65_HS1-834228961_62-HQ-83894_Section_10
Agency: FBI
Page 124
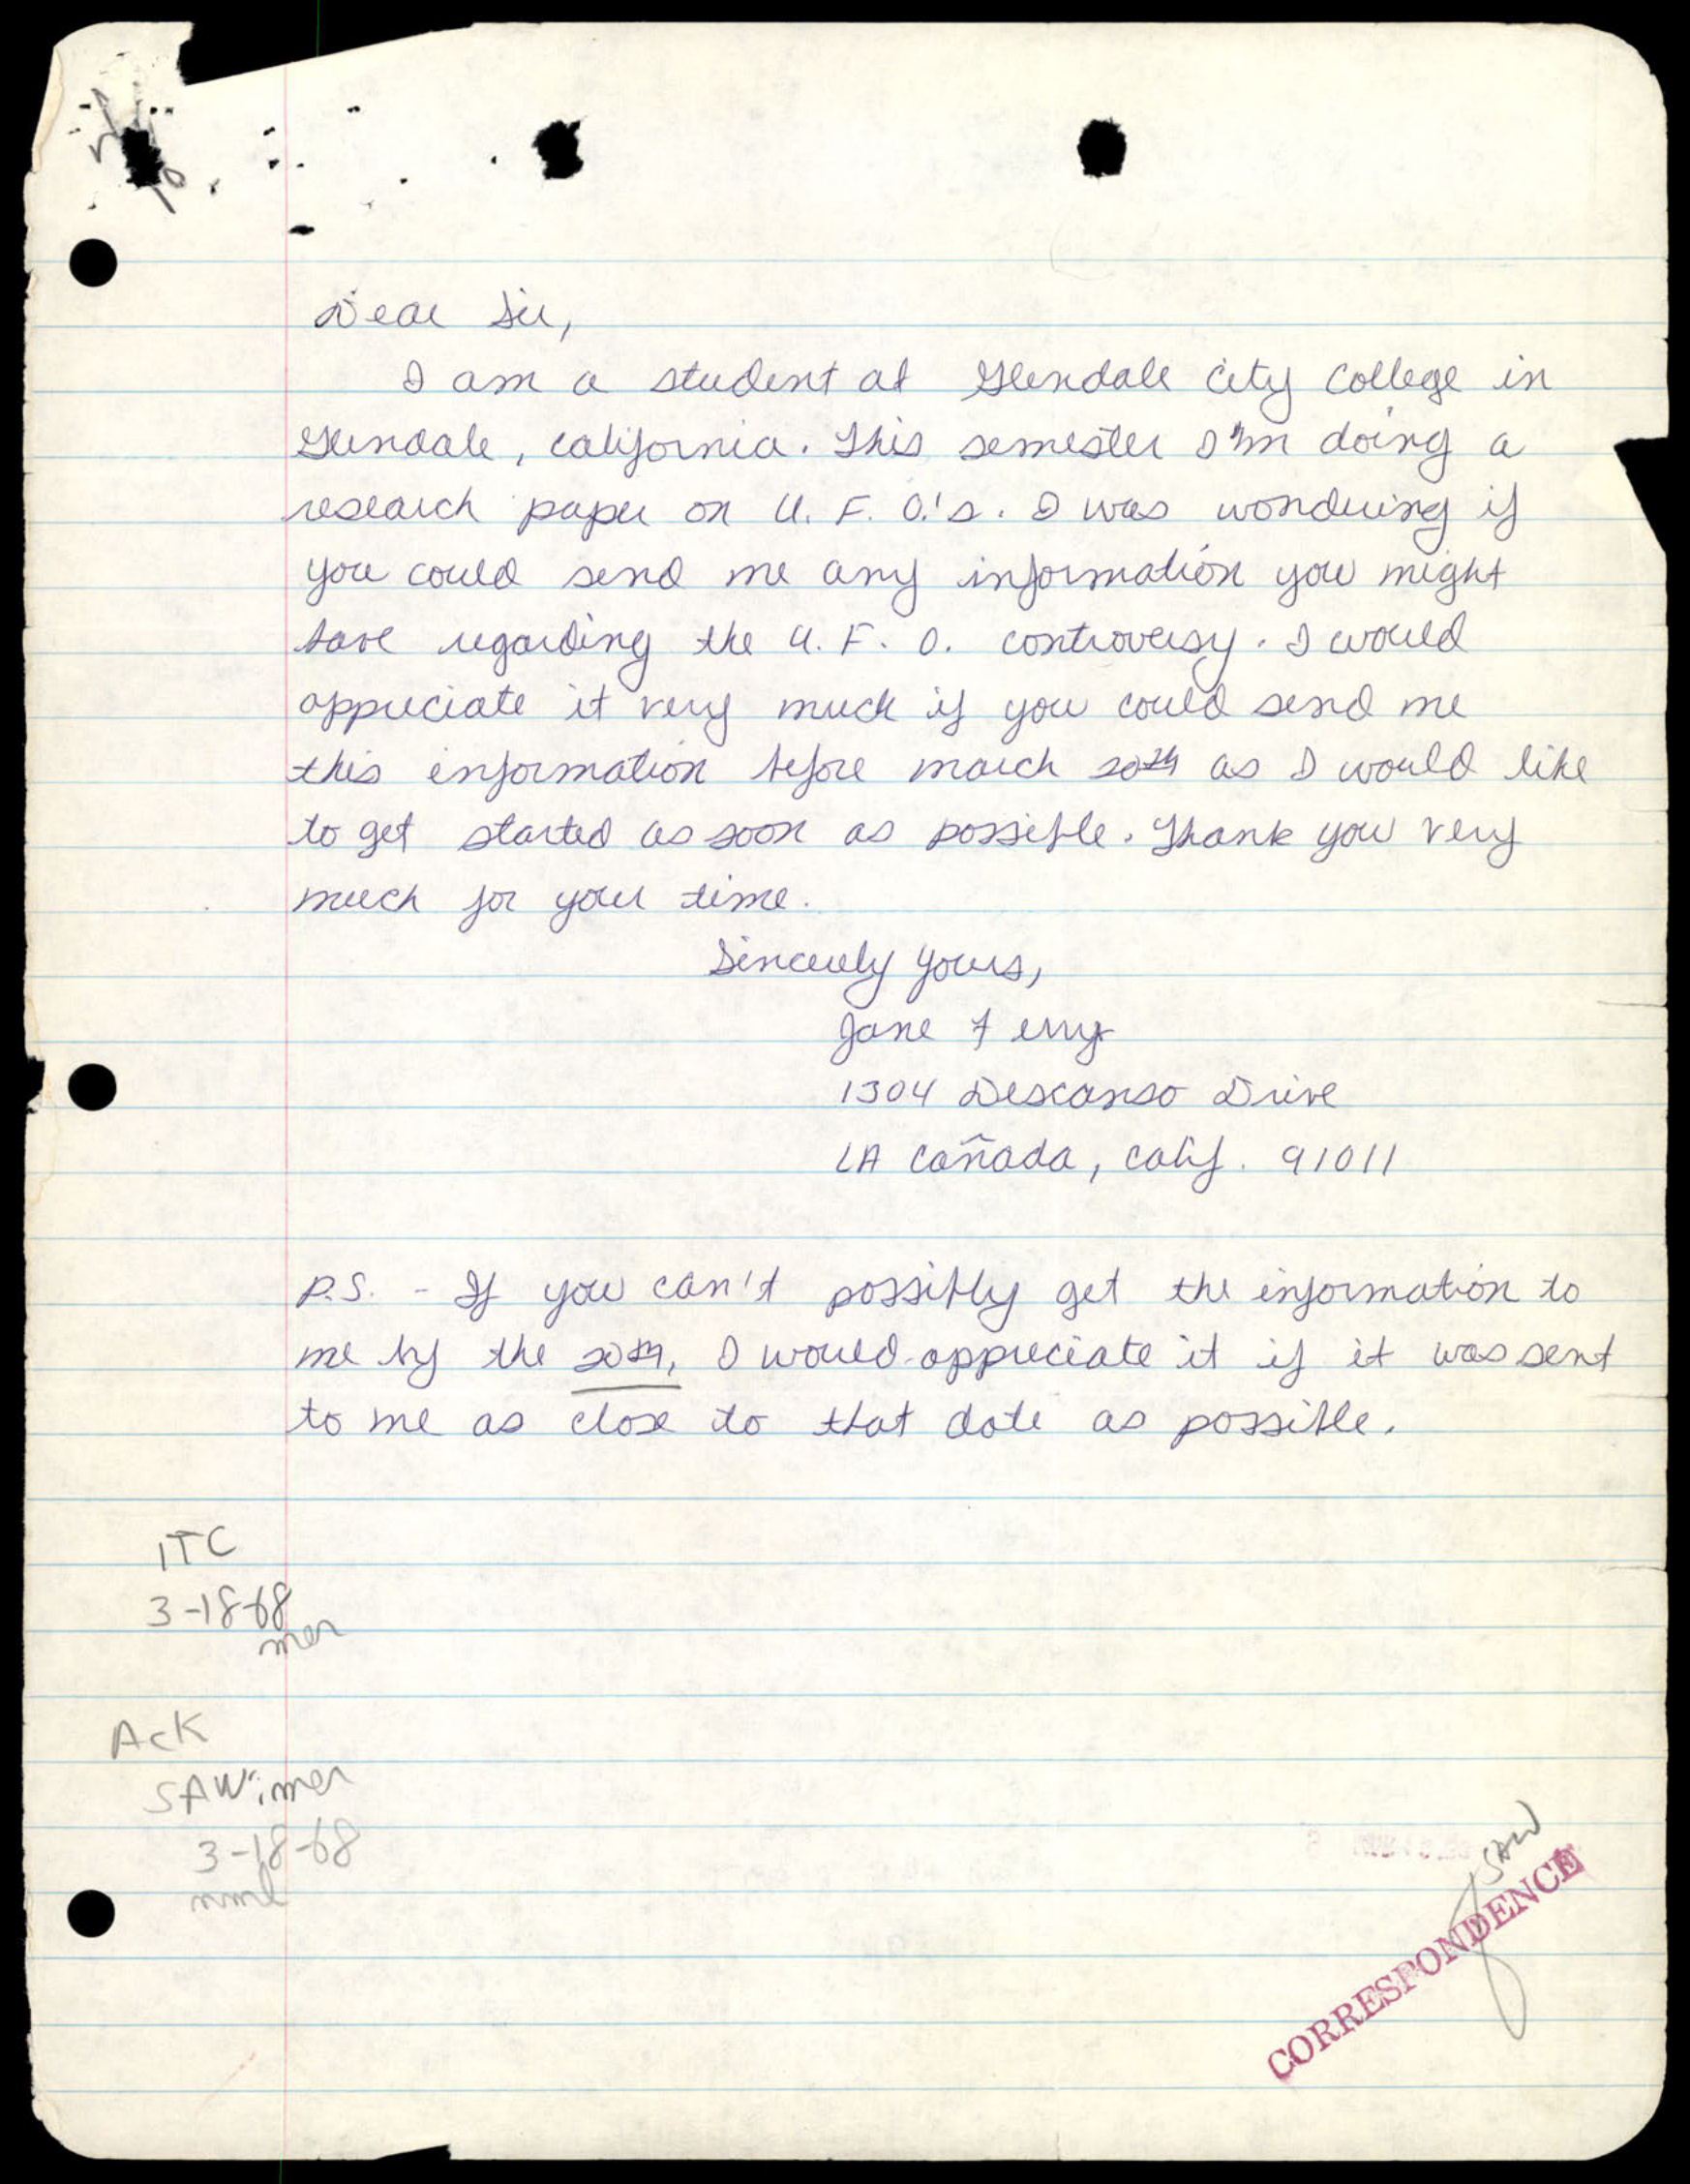